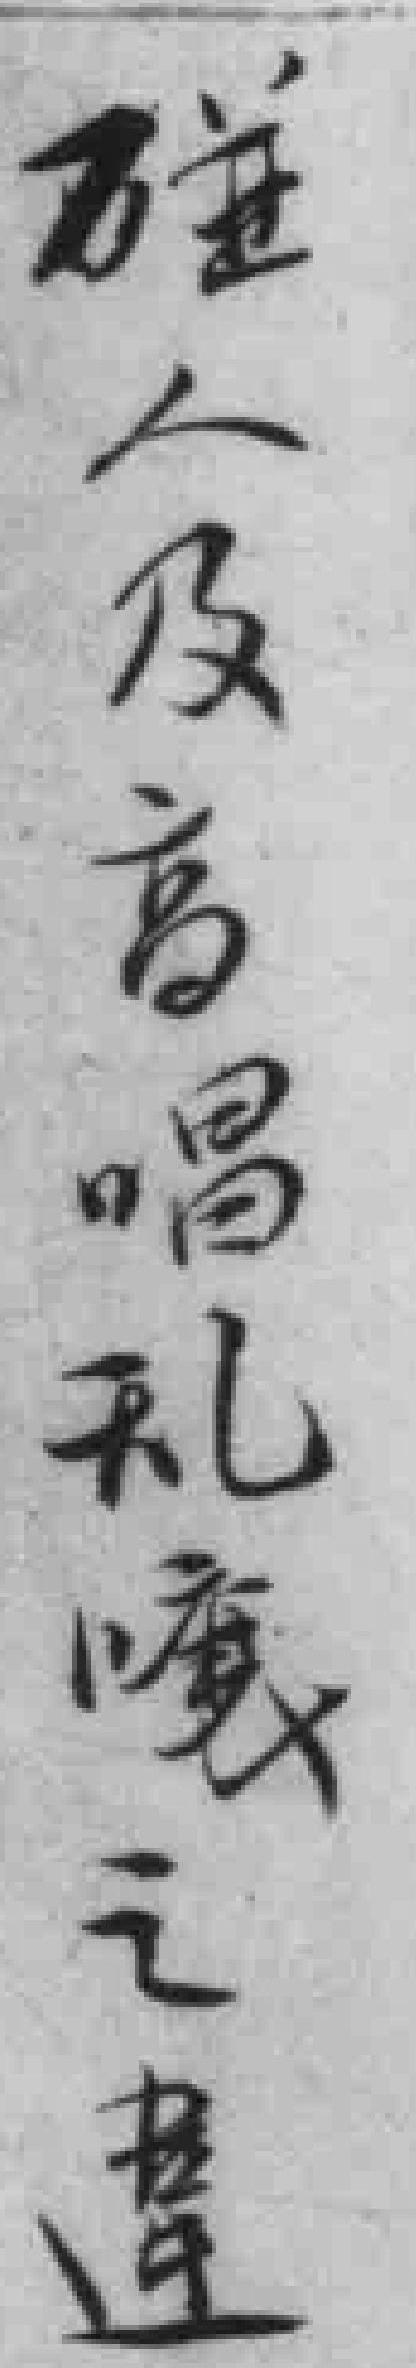
碰人及高唱乱嚷違